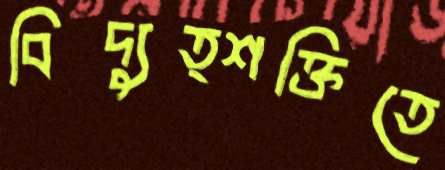
বিদ্যুত্শক্তিতে